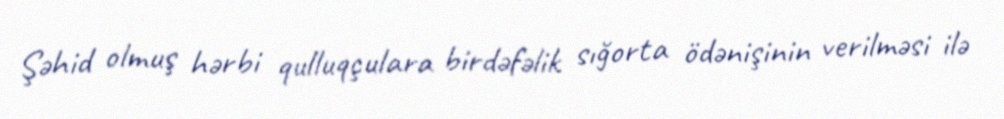
Şəhid olmuş hərbi qulluqçulara birdəfəlik sığorta ödənişinin verilməsi ilə